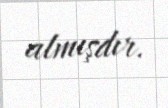
almışdır.